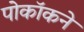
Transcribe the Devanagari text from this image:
पोकॉकने